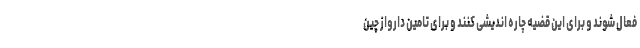
فعال شوند و برای این قضیه چاره اندیشی کنند و برای تامین دارواز چین